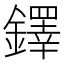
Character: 鐸